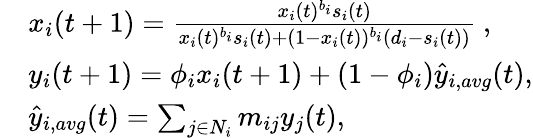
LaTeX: \begin{array}{rl}&{x_{i}(t+1)=\frac{x_{i}(t)^{b_{i}}s_{i}(t)}{x_{i}(t)^{b_{i}}s_{i}(t)+(1-x_{i}(t))^{b_{i}}(d_{i}-s_{i}(t))}~,}\\ &{y_{i}(t+1)=\phi_{i}x_{i}(t+1)+(1-\phi_{i})\hat{y}_{i,avg}(t),}\\ &{\hat{y}_{i,avg}(t)=\sum_{j\in N_{i}}m_{ij}y_{j}(t),}\end{array}